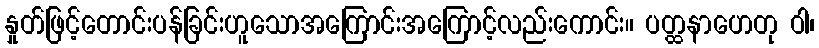
နှုတ်ဖြင့်တောင်းပန်ခြင်းဟူသောအကြောင်းအကြောင့်လည်းကောင်း။ ပတ္ထနာဟေတု ဝါ၊